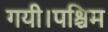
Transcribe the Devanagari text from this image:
गयी।पश्चिम